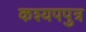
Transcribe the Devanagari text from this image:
कश्यपपुत्र